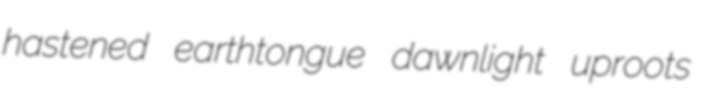
hastened earthtongue dawnlight uproots